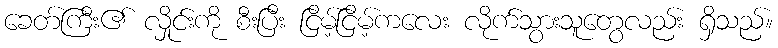
ခေတ်ကြီး၏ လှိုင်းကို စီးပြီး ငြိမ့်ငြိမ့်ကလေး လိုက်သွားသူတွေလည်း ရှိသည်။